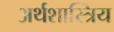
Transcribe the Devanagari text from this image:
अर्थशास्त्रिय